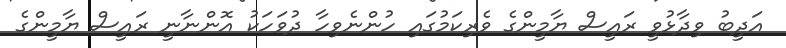
އަދީބު ވިދާޅުވީ ރައީސް ޔާމީންގެ ވެރިކަމުގައި ހުންނެވިހާ ދުވަހަކު އޮންނާނީ ރައީސް ޔާމީންގެ